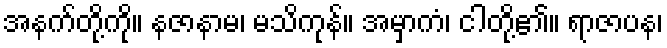
အနက်တို့ကို။ နဇာနာမ၊ မသိကုန်။ အမှာကံ၊ ငါတို့၏။ ရာဇာပန၊